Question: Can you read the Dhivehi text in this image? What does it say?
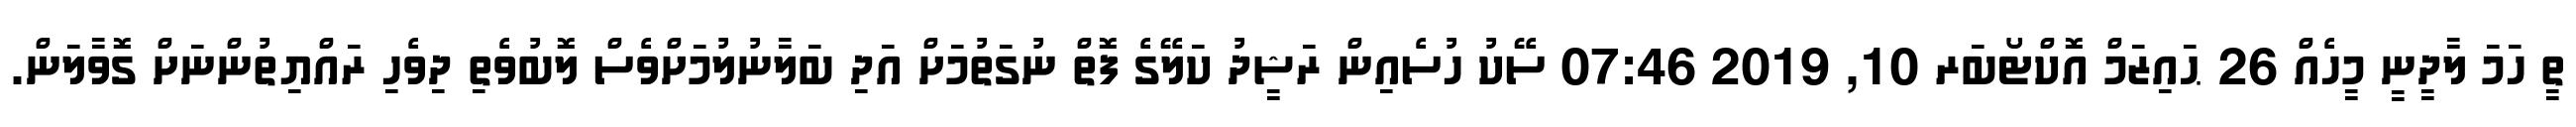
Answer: ތީ ހަމަ ލާދީނީ މީހެއް 26 ޙައިޒަމް އޮކްޓޯބަރ 10, 2019 07:46 ސޭކު ހުސެއިން ރަޝީދު ކަލޭގެ ފޮތް ނުގަތުމަށް އަދި ބަލާނުލުމަށްވެސް ލޮބުވެތި ދިވެހި ރައްޔިތުންނަށް ގޮވާލަން.